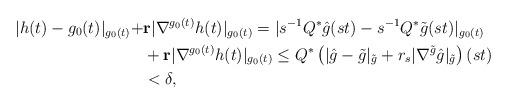
LaTeX: \begin{align*} |h(t)-g_0(t)|_{g_0(t)} + & \mathbf{r}|\nabla^{g_0(t)}h(t)|_{g_0(t)} = |s^{-1}Q^*\hat{g}(st) - s^{-1}Q^*\tilde{g}(st)|_{g_0(t)} \\ & + \mathbf{r}|\nabla^{g_0(t)}h(t)|_{g_0(t)} \leq Q^*\left(|\hat{g}-\tilde{g}|_{\tilde{g}} +r_s|\nabla^{\tilde{g}}\hat{g}|_{\tilde{g}}\right)(st)\\ &< \delta,\end{align*}